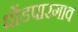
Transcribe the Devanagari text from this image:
धोंडपारगाव